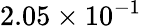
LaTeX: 2.05\times 10^{-1}